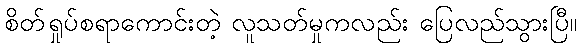
စိတ်ရှုပ်စရာကောင်းတဲ့ လူသတ်မှုကလည်း ပြေလည်သွားပြီ။